Lunatic asylums United Provinces 1899-1908 - 1899-1908
Year: 1899
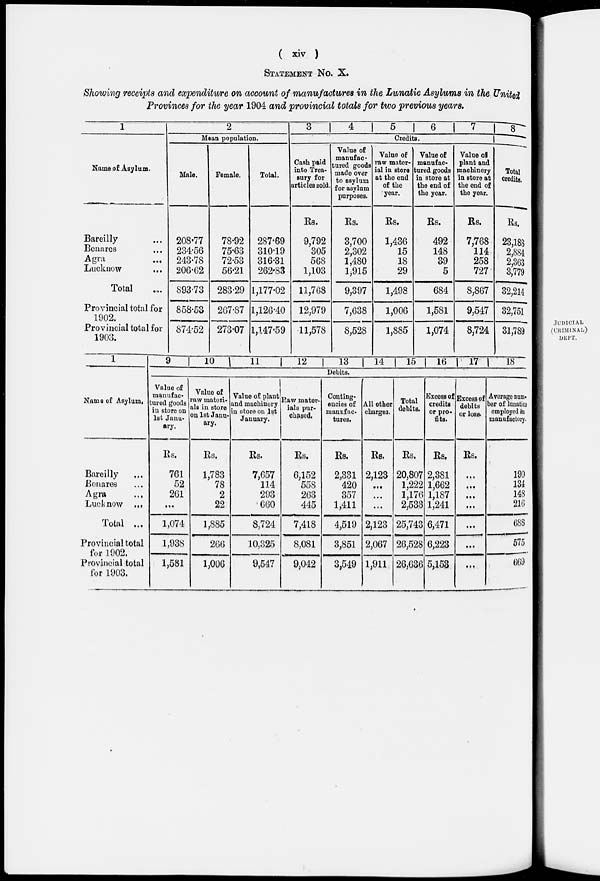
( xiv )
STATEMENT No. X.
Showing receipts and expenditure on account of manufactures in the Lunatic Asylums in the United
Provinces for the year 1904 and provincial totals for two previous years.
1
Name of Asylum.
Bareilly ...
Benares ...
Agra ...
Lucknow ...
Total ...
Provincial total for
1902.
Provincial total for
1903.
2
Mean population.
Male.
208.77
234.56
243.78
206.62
893.73
858.53
874.52
Female.
78.92
75.63
72.53
56.21
283.29
267.87
273.07
Total.
287.69
310.19
316.31
262.83
1,177.02
1,126.40
1,147.59
3
4
5
6
7
8
Credits.
Cash paid
into Trea-
sury for
articles sold.
Rs.
9,792
305
568
1,103
11,768
12,979
11,578
Value of
manufac-
tured goods
made over
to asylum
for asylum
purposes.
Rs.
3,700
2,302
1,480
1,915
9,397
7,638
8,528
Value of
raw mater-
ial in store
at the end
of the
year.
Rs.
1,436
15
18
29
1,498
1,006
1,885
Value of
manufac-
tured goods
in store at
the end of
the year.
Rs.
492
148
39
5
684
1,581
1,074
Value of
plant and
machinery
in store at
the end of
the year.
Rs.
7,768
114
258
727
8,867
9,547
8,724
Total
credits.
Rs.
23,188
2,884
2,363
3,779
32,214
32,751
31,789
1
Name of Asylum.
Bareilly ...
Benares ...
Agra ...
Lucknow ...
Total ...
Provincial total
for 1902.
Provincial total
for 1903.
9
10
11
12
13 14
15 16
17 18
Debits.
Value of
manufac-
tured goods
in store on
1st Janu-
ary.
Rs.
761
52
261
...
1,074
1,938
1,581
Value of
raw materi-
als in store
on 1st Janu-
ary.
Rs.
1,783
78
2
22
1,885
266
1,006
Value of plant
and machinery
in store on 1st
January.
Rs.
7,657
114
293
660
8,724
10,325
9,547
Raw mater-
ials pur-
chased.
Rs.
6,152
558
263
445
7,418
8,081
9,042
Conting-
encies of
manufac-
tures.
Rs.
2,331
420
357
1,411
4,519
3,851
3,549
All other
charges.
Rs.
2,123
...
...
...
2,123
2,067
1,911
Total
debits.
Rs.
20,807
1,222
1,176
2,538
25,743
26,528
26,636
Excess of
credits
or pro-
fits.
Rs.
2,381
1,662
1,187
1,241
6,471
6,223
5,153
Excess of
debits
or loss.
Rs.
...
...
...
...
...
...
...
Average num-
ber of lunatics
employed in
manufactory.
190
134
148
216
688
575
669